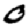
Digit: 0